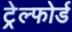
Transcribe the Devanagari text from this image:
ट्रेल्फोर्ड